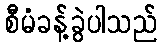
စီမံခန့်ခွဲပါသည်